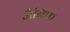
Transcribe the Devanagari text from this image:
जैनिफ